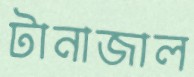
টানাজাল